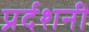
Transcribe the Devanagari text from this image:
प्रर्दशनी